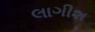
લાગીશ